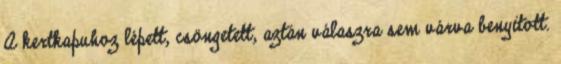
A kertkapuhoz lépett, csöngetett, aztán válaszra sem várva benyitott.